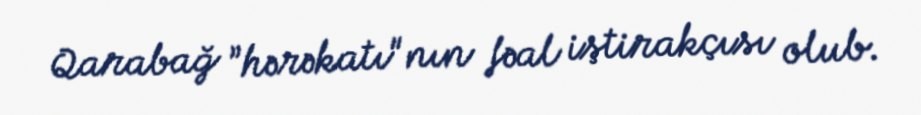
Qarabağ ”hərəkatı"nın fəal iştirakçısı olub.